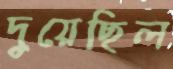
দুয়েছিল